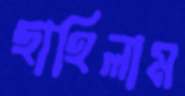
ছাহিলাম